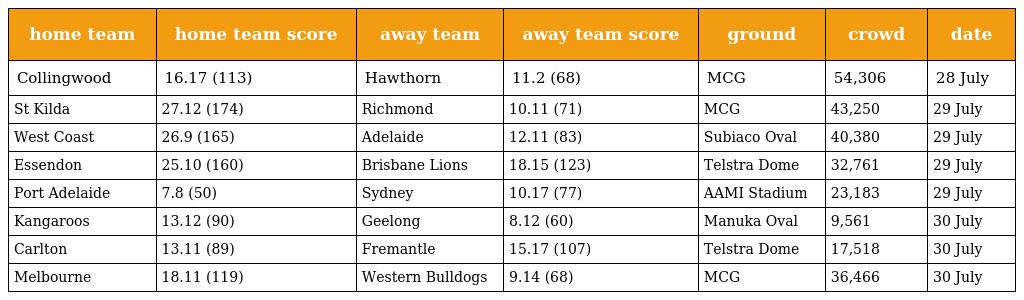
| home team | home team score | away team | away team score | ground | crowd | date |
 | --- | --- | --- | --- | --- | --- | --- |
 | Collingwood | 16.17 (113) | Hawthorn | 11.2 (68) | MCG | 54,306 | 28 July |
 | St Kilda | 27.12 (174) | Richmond | 10.11 (71) | MCG | 43,250 | 29 July |
 | West Coast | 26.9 (165) | Adelaide | 12.11 (83) | Subiaco Oval | 40,380 | 29 July |
 | Essendon | 25.10 (160) | Brisbane Lions | 18.15 (123) | Telstra Dome | 32,761 | 29 July |
 | Port Adelaide | 7.8 (50) | Sydney | 10.17 (77) | AAMI Stadium | 23,183 | 29 July |
 | Kangaroos | 13.12 (90) | Geelong | 8.12 (60) | Manuka Oval | 9,561 | 30 July |
 | Carlton | 13.11 (89) | Fremantle | 15.17 (107) | Telstra Dome | 17,518 | 30 July |
 | Melbourne | 18.11 (119) | Western Bulldogs | 9.14 (68) | MCG | 36,466 | 30 July |